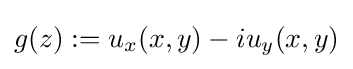
g(z):=u_{x}(x,y)-iu_{y}(x,y)